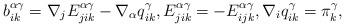
LaTeX: \begin{align*} b_{ik}^{\alpha\gamma} = \nabla_j E_{jik}^{\alpha\gamma} - \nabla_\alpha q_{ik}^{\gamma}, E_{jik}^{\alpha\gamma} = - E_{ijk}^{\alpha\gamma}, \nabla_i q_{ik}^\gamma = \pi_k^\gamma,\end{align*}